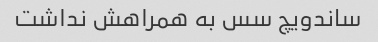
ساندویچ سس به همراهش نداشت